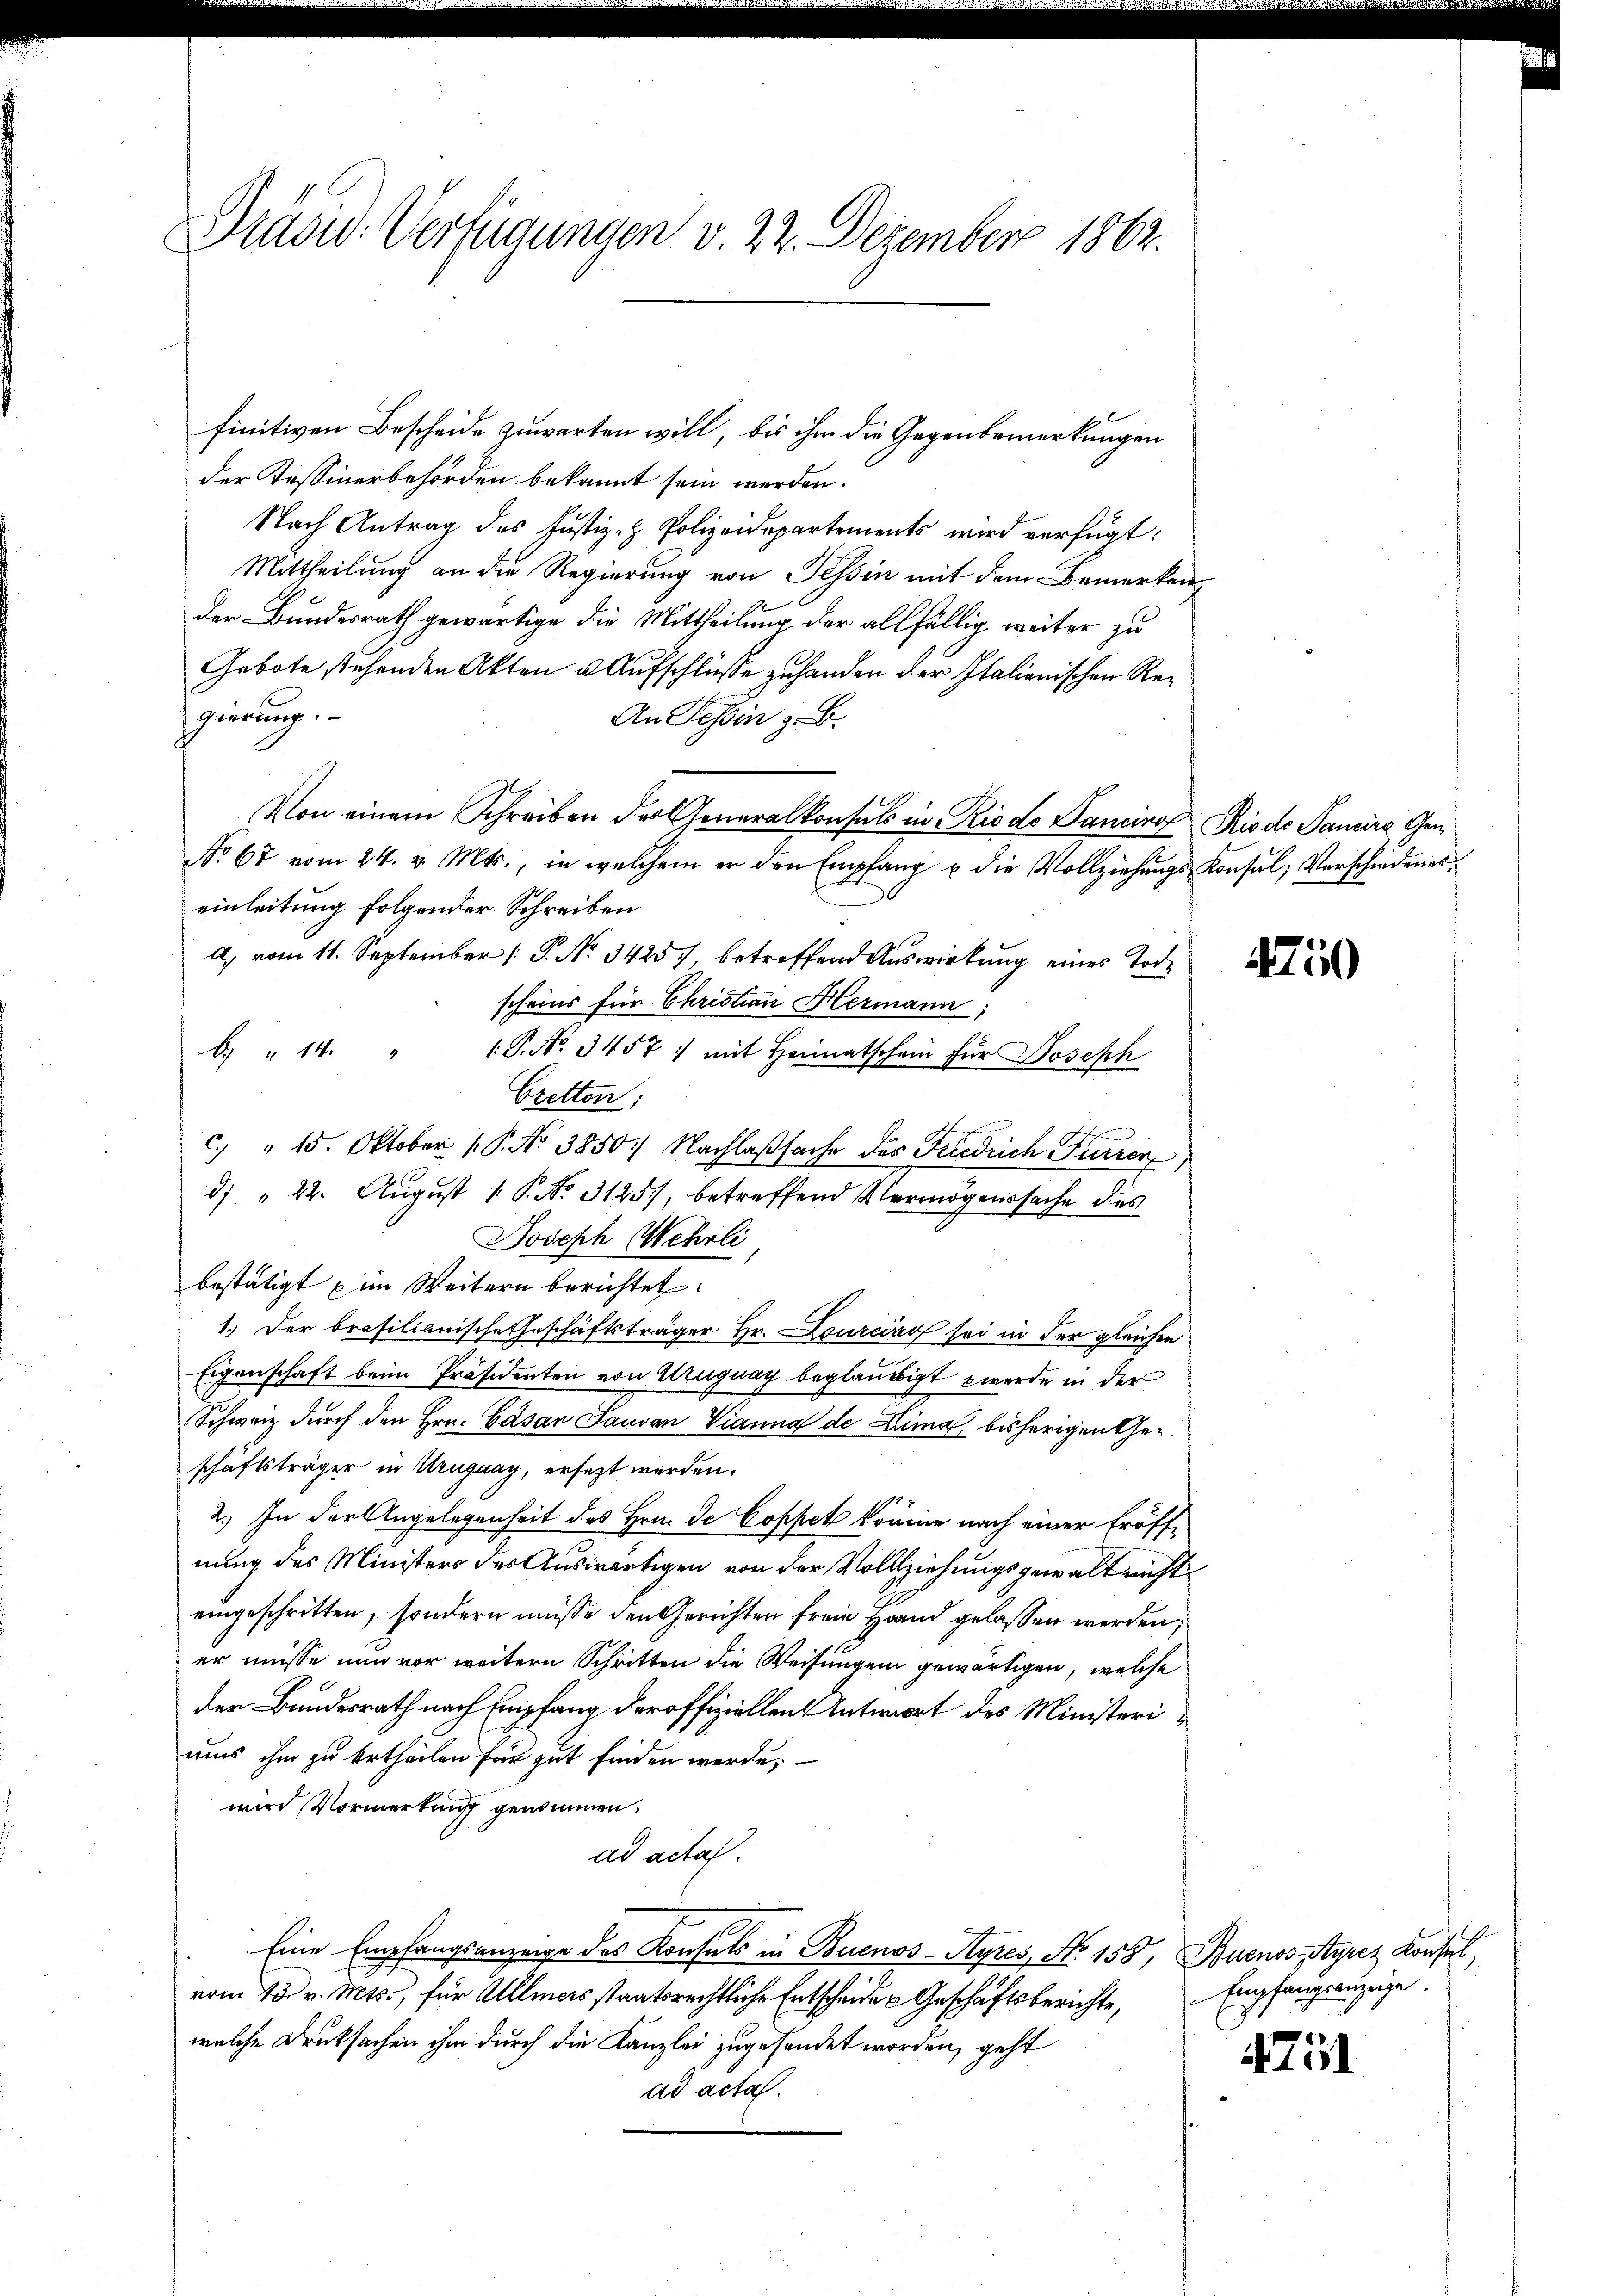
Drasu- Verfügungen v. 22. Dezember 1862.

finitiven Bescheide zuwarten will, bis ihm die Gegenbemerkungen
der Kassinerbehörden bekannt sein werden.
Nach Antrag des Justiz- & Polizeidepartements wird verfügt:
Mittheilung an die Regierung von Tessin mit dem Bemerken,
der Bundesrath gewärtige die Mittheilung der allfällig weiter zu
Gebote stehenden Akten u. Aufschlüße zu handen der Italienischen Regierung.
An Tessin z. B.
Von einem Schreiben der Generalkonsuls in Riodo Sanciro Rio de Sancira Ger¬
No 67 vom 24. v. Mts., in welchem er den Empfang u die Vollziehŭngs Konsul, Verschiedenes
einleitung folgender Schreiben
a) vom 11. September [ P. No. 3425), betreffend Auswirkung eines Tode
scheins für Christian Hermann,
b. " 14. " 1 P. No. 3457) mit Heimatschein für Joseph
Cretten;
tehend
c.) " 15. Oktober P. No 3850) Nachlaßsache des Friedrich Furren
2) " 22. August 1 P. No. 3125), betreffend Vermögenssache des
Joseph Wehrli
bestätigt u im Weitern berichtet:
1.) Der brasilianische Geschäftsträger Hr. Lourcino sei in der gleichen
Eigenschaft beim Präsidenten von Uruguay beglaubigt werde in der
Schweiz durch den Hrn. Casan Lauvan Vianna de Lima, bisherigen Geschäftsträger in Uruguay, ersezt werden.
2.) In der Angelegenheit des Hrn. de Copfet könne nach einer Eröffnung des Ministers des Auswärtigen von der Vollziehungsgewalt nicht
eingeschritten, sondern müsse den Gerichten freie Hand gelassen werden,
er müsse nun vor weitern Schritten die Weisungen gewärtigen, welche
der Bundesrath nach Empfang der offiziellen Antwort des Ministeriaus ihm zu ertheilen für gut finden werde;
wird Vormerkung genommen.
ad acta.
Eine Empfangsanzeige des Konsuls in Buenos-Ayres, No 158, Buenos-Ayrez Konsul,
vom 13. v. Mts., für Allmas staatsrechtliche Entscheide u Geschäftsberichte,
welche Druksachen ihm durch die Kanzlei zugesandet worden, geht
ad acta.

Mi

Empfangsanzeige.

4Zöl